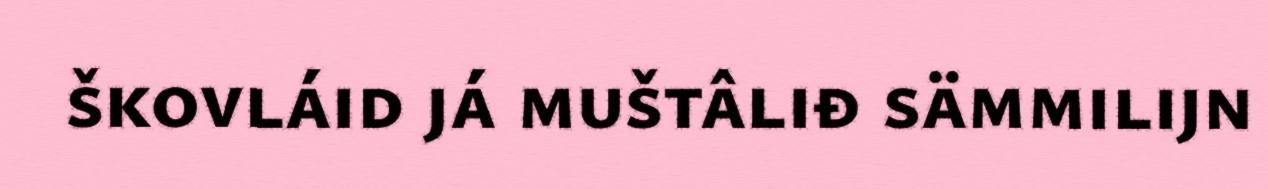
škovláid já muštâliđ sämmilijn